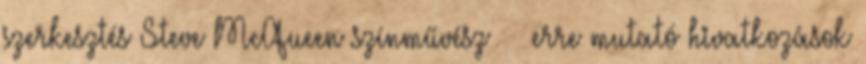
szerkesztés Steve McQueen színművész ‎ ← erre mutató hivatkozások